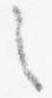
之